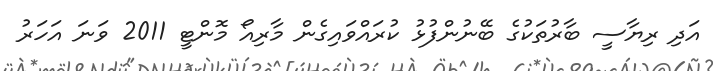
އަދި ރިޔާސީ ބާރުތަކުގެ ބޭނުންފުޅު ކުރައްވައިގެން މާރިއޯ މޮންޓީ 2011 ވަނަ އަހަރު